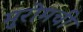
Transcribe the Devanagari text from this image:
मुरोमची